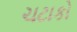
ચટાકો